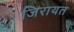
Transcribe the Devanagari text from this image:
जिरायत